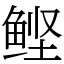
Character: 鲣